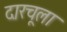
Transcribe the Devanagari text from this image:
दारचूला